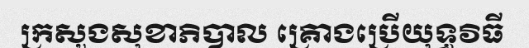
ក្រសួងសុខាភិបាល គ្រោងប្រើយុទ្ធវិធី